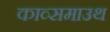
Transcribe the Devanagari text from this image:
काव्समाउथ